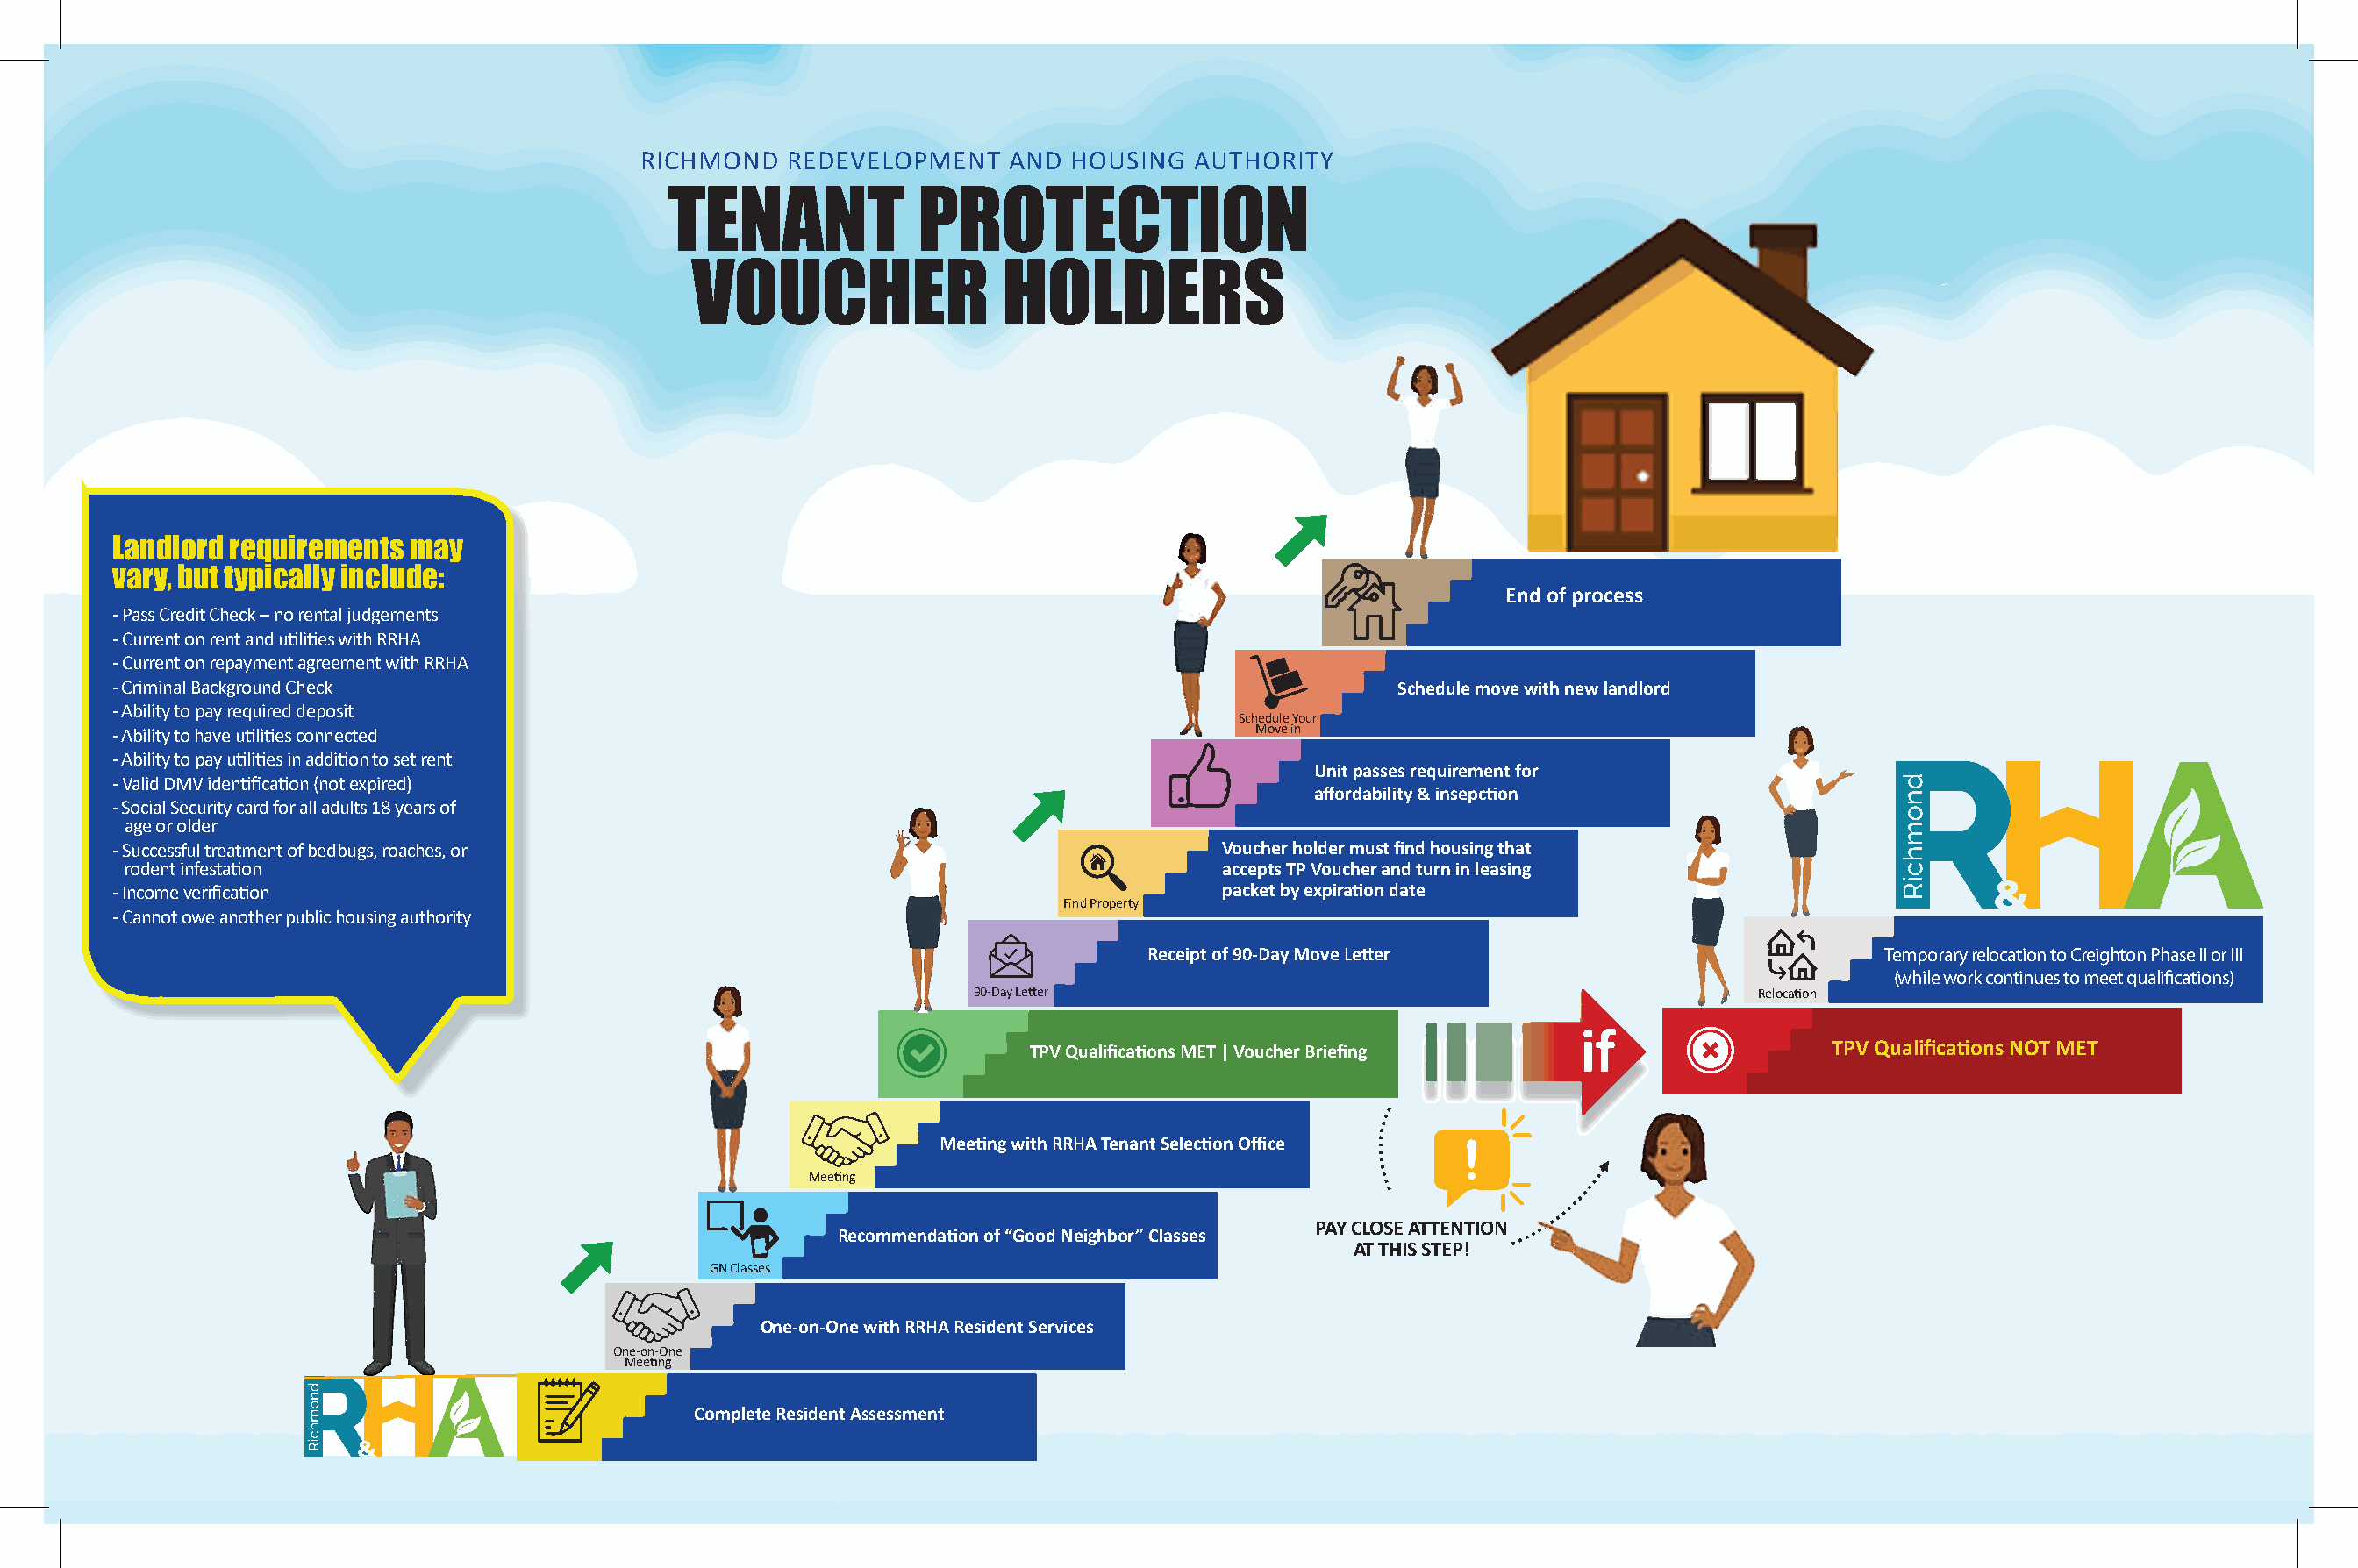
RICHMOND   REDEVELOPMENT    AND  HOUSING  AUTHORITY
 TENANT             PROTECTION
 VOUCHER                 HOLDERS
 Landlord requirements  may
 vary, but typically include:
 End of process
 - Pass Credit Check – no rental judgements
 - Current on rent and u�li�es with RRHA
 - Current on repayment agreement with RRHA
 - Criminal Background Check                                                                      Schedule move with new landlord
 - Ability to pay required deposit
 Schedule Your
 - Ability to have u�li�es connected                                                    Move in
 - Ability to pay u�li�es in addi�on to set rent
 Unit passes requirement for
 - Valid DMV iden�fica�on (not expired)
 affordability & insepc�on
 - Social Security card for all adults 18 years of
 age or older
 - Successful treatment of bedbugs, roaches, or                                      Voucher holder must find housing that
 rodent infesta�on                                                                  accepts TP Voucher and turn in leasing
 - Income verifica�on                                                                packet by expira�on date
 Find Property
 - Cannot owe another public housing authority
 Receipt of 90-Day Move Le�er                           Temporary relocation to Creighton Phase II or III
 (while work continues to meet qualifications)
 90-Day Le�er                                                Reloca�on
 if
 TPV Qualifica�ons MET | Voucher Briefing                    TPV Qualifica�ons NOT MET
 Mee�ng with RRHA Tenant Selec�on Office
 Mee�ng
 PAY CLOSE ATTENTION
 Recommenda�on of “Good Neighbor” Classes
 AT THIS STEP!
 GN Classes
 One-on-One with RRHA Resident Services
 One-on-One
 a m                Mee�ng
 Complete Resident Assessment
 m a